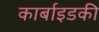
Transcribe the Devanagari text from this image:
कार्बाइडकी